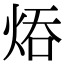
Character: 㶺